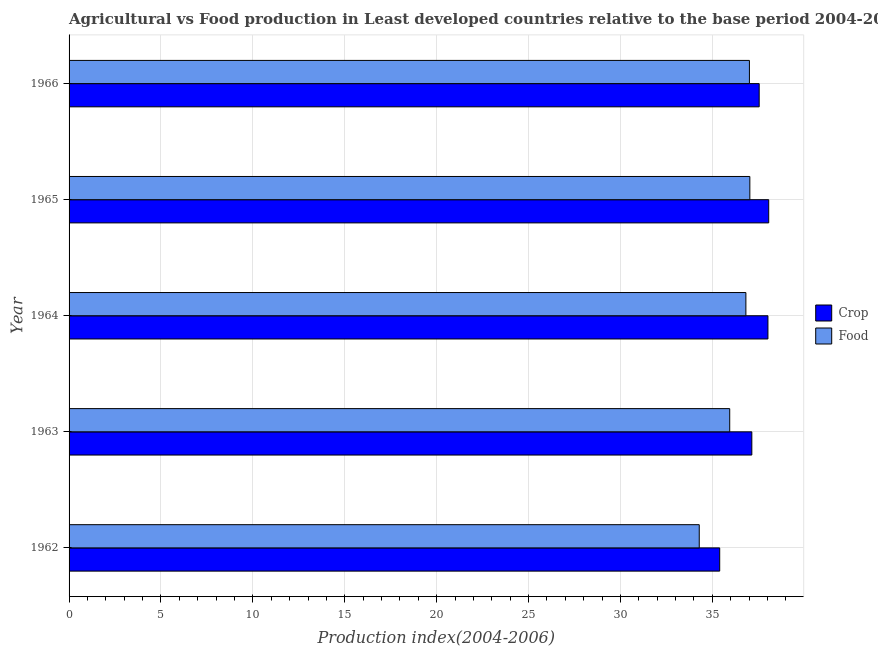
| Year | Crop | Food |
 | --- | --- | --- |
 | 1962 | 35.4 | 34.3 |
 | 1963 | 37.1 | 35.9 |
 | 1964 | 38 | 36.8 |
 | 1965 | 38.1 | 37 |
 | 1966 | 37.5 | 37 |